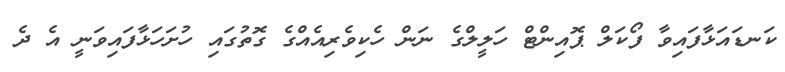
ކަނޑައަޅާފައިވާ ފޯކަލް ޕޮއިންޓް ހަލީލްގެ ނަން ހެކިވެރިއެއްގެ ގޮތުގައި ހުށަހަޅާފައިވަނީ އެ ދެ